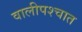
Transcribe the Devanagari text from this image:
वालीपश्चात